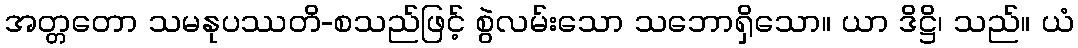
အတ္တတော သမနုပဿတိ-စသည်ဖြင့် စွဲလမ်းသော သဘောရှိသော။ ယာ ဒိဋ္ဌိ၊ သည်။ ယံ